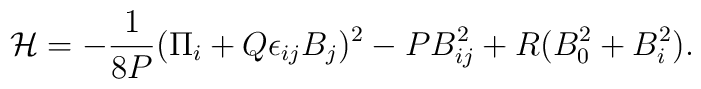
{\cal H}=-{1\over{8P}}(\Pi_i+Q\epsilon_{ij}B_j)^2-PB_{ij}^2+R(B_0^2+B_i^2).